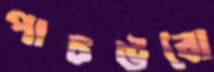
পাচউবো